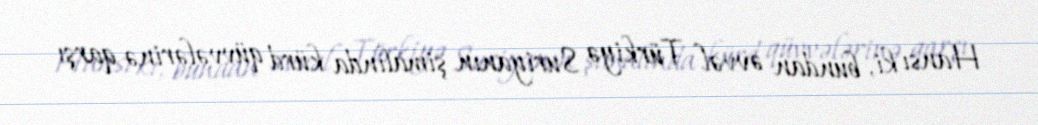
Hansı ki, bundan əvvəl Türkiyə Suriyanın şimalında kürd qüvvələrinə qarşı